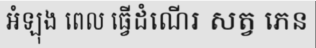
អំឡុង ពេល ធ្វើដំណើរ សត្វ ភេន